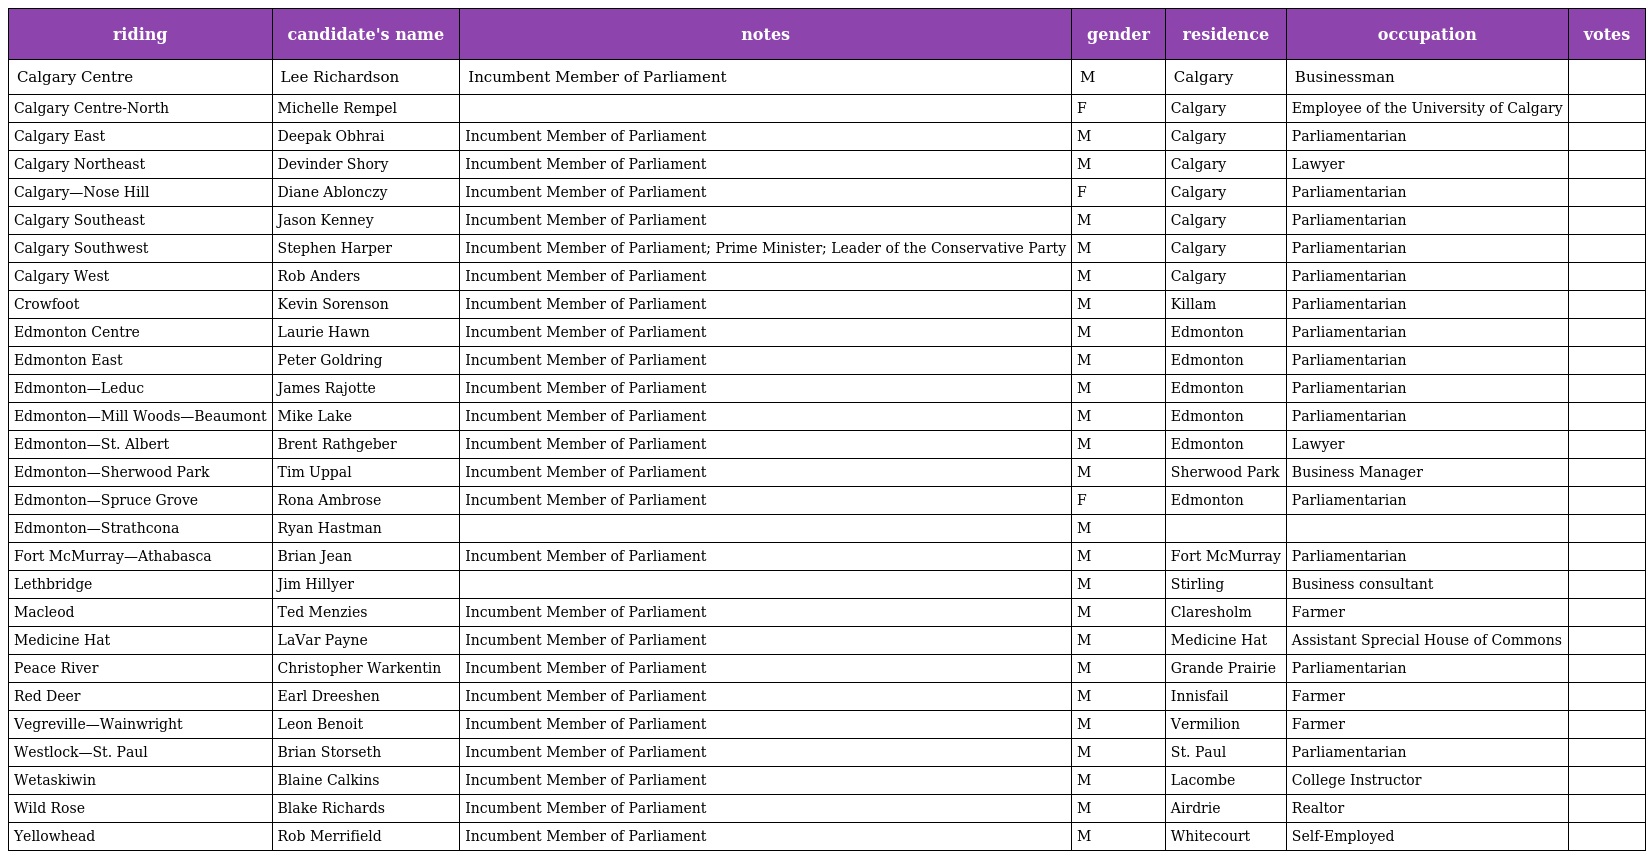
| riding | candidate's name | notes | gender | residence | occupation | votes |
 | --- | --- | --- | --- | --- | --- | --- |
 | Calgary Centre | Lee Richardson | Incumbent Member of Parliament | M | Calgary | Businessman |  |
 | Calgary Centre-North | Michelle Rempel |  | F | Calgary | Employee of the University of Calgary |  |
 | Calgary East | Deepak Obhrai | Incumbent Member of Parliament | M | Calgary | Parliamentarian |  |
 | Calgary Northeast | Devinder Shory | Incumbent Member of Parliament | M | Calgary | Lawyer |  |
 | Calgary—Nose Hill | Diane Ablonczy | Incumbent Member of Parliament | F | Calgary | Parliamentarian |  |
 | Calgary Southeast | Jason Kenney | Incumbent Member of Parliament | M | Calgary | Parliamentarian |  |
 | Calgary Southwest | Stephen Harper | Incumbent Member of Parliament; Prime Minister; Leader of the Conservative Party | M | Calgary | Parliamentarian |  |
 | Calgary West | Rob Anders | Incumbent Member of Parliament | M | Calgary | Parliamentarian |  |
 | Crowfoot | Kevin Sorenson | Incumbent Member of Parliament | M | Killam | Parliamentarian |  |
 | Edmonton Centre | Laurie Hawn | Incumbent Member of Parliament | M | Edmonton | Parliamentarian |  |
 | Edmonton East | Peter Goldring | Incumbent Member of Parliament | M | Edmonton | Parliamentarian |  |
 | Edmonton—Leduc | James Rajotte | Incumbent Member of Parliament | M | Edmonton | Parliamentarian |  |
 | Edmonton—Mill Woods—Beaumont | Mike Lake | Incumbent Member of Parliament | M | Edmonton | Parliamentarian |  |
 | Edmonton—St. Albert | Brent Rathgeber | Incumbent Member of Parliament | M | Edmonton | Lawyer |  |
 | Edmonton—Sherwood Park | Tim Uppal | Incumbent Member of Parliament | M | Sherwood Park | Business Manager |  |
 | Edmonton—Spruce Grove | Rona Ambrose | Incumbent Member of Parliament | F | Edmonton | Parliamentarian |  |
 | Edmonton—Strathcona | Ryan Hastman |  | M |  |  |  |
 | Fort McMurray—Athabasca | Brian Jean | Incumbent Member of Parliament | M | Fort McMurray | Parliamentarian |  |
 | Lethbridge | Jim Hillyer |  | M | Stirling | Business consultant |  |
 | Macleod | Ted Menzies | Incumbent Member of Parliament | M | Claresholm | Farmer |  |
 | Medicine Hat | LaVar Payne | Incumbent Member of Parliament | M | Medicine Hat | Assistant Sprecial House of Commons |  |
 | Peace River | Christopher Warkentin | Incumbent Member of Parliament | M | Grande Prairie | Parliamentarian |  |
 | Red Deer | Earl Dreeshen | Incumbent Member of Parliament | M | Innisfail | Farmer |  |
 | Vegreville—Wainwright | Leon Benoit | Incumbent Member of Parliament | M | Vermilion | Farmer |  |
 | Westlock—St. Paul | Brian Storseth | Incumbent Member of Parliament | M | St. Paul | Parliamentarian |  |
 | Wetaskiwin | Blaine Calkins | Incumbent Member of Parliament | M | Lacombe | College Instructor |  |
 | Wild Rose | Blake Richards | Incumbent Member of Parliament | M | Airdrie | Realtor |  |
 | Yellowhead | Rob Merrifield | Incumbent Member of Parliament | M | Whitecourt | Self-Employed |  |